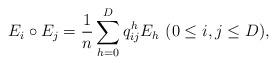
LaTeX: \begin{align*} E_i\circ E_j=\frac{1}{n}\sum_{h=0}^D q_{ij}^h E_h ~(0\leq i,j\leq D), \end{align*}